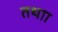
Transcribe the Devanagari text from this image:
तथाा